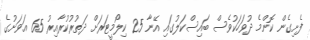
ފެށިގެން ކޮންމެ ދުވަހަކުވެސް ބައިސްކަލުގައި އޭނާ 25 ކިލޯމީޓަރަށް ދަތުރުކުރާއިރު 65 އަވަށުގެ